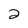
Character: 2